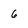
Character: 6